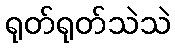
ရုတ်ရုတ်သဲသဲ